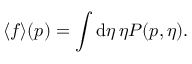
\langle f \rangle ( \boldsymbol { p } ) = \int \mathrm { d } \eta \, \eta P ( \boldsymbol { p } , \eta ) .